Statistical return of the lunatic asylum in Assam - 1912-1932
Year: 1912
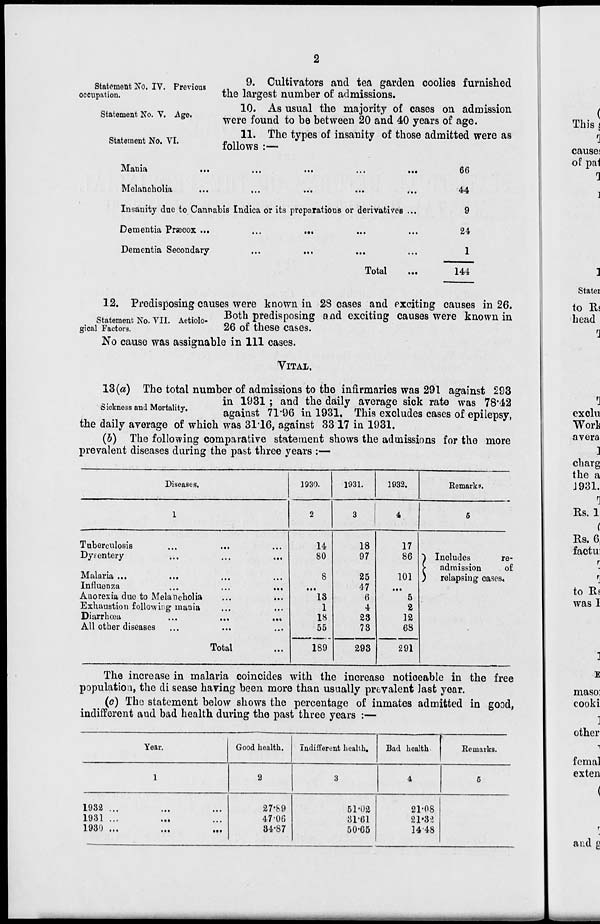
Statement No. IV. Previous
occupation.
Statement No. V. Age.
Statement No. VI.
9. Cultivators and tea garden coolies furnished
the largest number of admissions.
10. As usual the majority of cases on admission
were found to be between 20 and 40 years of age.
11. The types of insanity of those admitted were as
follows :—
Mania
...
...
•••
...
...
66
Melancholia
...
...
44
Insanity due to Cannabis Indica or its preparations or derivatives ...
9
Dementia Prascox ...
...
...
24
Dementia Secondary
...
...
1
Total
144
12. Predisposing causes were known in 28 cases and exciting causes in 26.
statement No. vii. Aetiolo- Both predisposing and exciting causes were known in
gicai Factors.
26 or these cases.
No cause was assignable in 111 cases.
VITAL.
13(a) The total number of admissions to the infirmaries was 291 against 293
B ..
3ll .„
in 1931; and the daily average sick rate was 78*42
sickness and Mortality.
aga i ns t n . g6 {R -^^ r^ excludes casejg of epilepsy)
the daily average of which was 3116, against 33 17 in 1931.
(b) The following comparative statement shows the admissions for the more
prevalent diseases during the past three years :—
Diseases.
1930.
1931.
1932.
Remarks.
1
2
3
4
5
Tuberculosis
14
18
17
Dysentery
...
...
80
97
86 ") Includes
re-
>■
admission
of
Malaria ...
...
8
25
101 )
relapsing oases.
Influenza
...
...
47
...
Anorexia due to Melancholia
• ••
18
6
5
Exhaustion following maoia
•«.
1
4
2
Diarrhoea
...
...
IS
23
12
All other diseases
Total
...
55
189
78
68
-
298
291
The increase in malaria coincides with the increase noticeable in the free
population, the di sease having been more than usually prevalent last year.
(o) The statement below shows the percentage of inmates admitted in good,
indifferent and bad health during the past three years :—
Year.
Good health.
Indifferent health.
Bad health-
Remarks.
1
2
3
4
5
1J32 ...
...
...
19 o 1 ..,
•••
,.,
J Jo) ...
...
...
27-89
47'06
84*87
51-02
81-61
50-65
21-08
21-3:1
1448